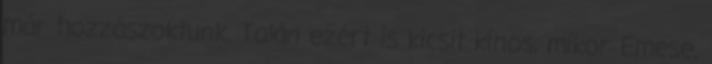
már hozzászoktunk. Talán ezért is kicsit kínos, mikor Emese,